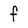
Character: f